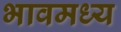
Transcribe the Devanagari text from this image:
भावमध्य